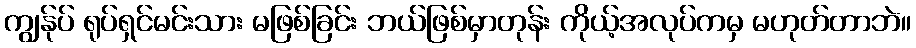
ကျွန်ုပ် ရုပ်ရှင်မင်းသား မဖြစ်ခြင်း ဘယ်ဖြစ်မှာတုန်း ကိုယ့်အလုပ်ကမှ မဟုတ်တာဘဲ။